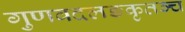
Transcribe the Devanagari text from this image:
गुणवदलङकृतञ्च